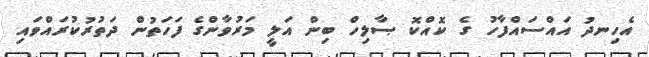
އެހިނދު އައްސައްފާހު ގެ ކޮއްކޮ ޞާލިހް ބިން އަލީ މަރުވާންގެ ފަހަތުން ދަތުރުކުރައްވައި